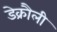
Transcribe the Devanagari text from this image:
डेक्रौली